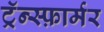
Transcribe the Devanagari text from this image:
ट्रॅन्स्फ़ार्मर